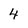
Character: 4